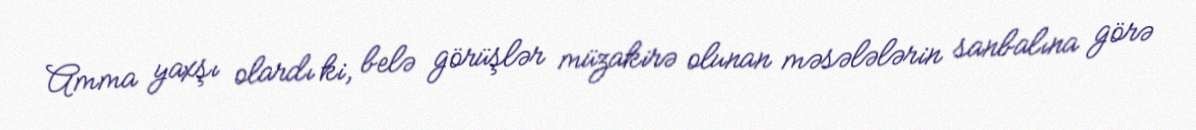
Amma yaxşı olardı ki, belə görüşlər müzakirə olunan məsələlərin sanbalına görə